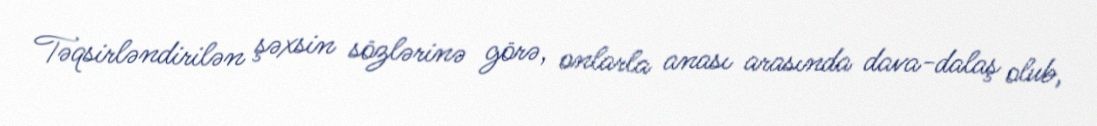
Təqsirləndirilən şəxsin sözlərinə görə, onlarla anası arasında dava-dalaş olub,